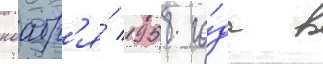
ноабр'я́ 1958 го́да в